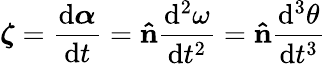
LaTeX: {\boldsymbol{\zeta}}={\frac{\mathrm{{d}}{\boldsymbol{\alpha}}}{\mathrm{{d}}t}}=\mathbf{\hat{n}}{\frac{\mathrm{{d}}^{2}\omega}{\mathrm{{d}}t^{2}}}=\mathbf{\hat{n}}{\frac{\mathrm{{d}}^{3}\theta}{\mathrm{{d}}t^{3}}}